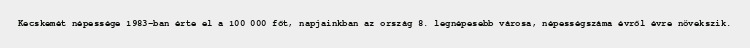
Kecskemét népessége 1983-ban érte el a 100 000 főt, napjainkban az ország 8. legnépesebb városa, népességszáma évről évre növekszik.